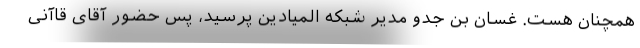
همچنان هست. غسان بن جدو مدیر شبکه المیادین پرسید، پس حضور آقای قاآنی